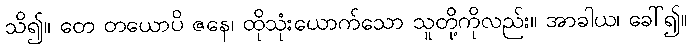
သိ၍။ တေ တယောပိ ဇနေ၊ ထိုသုံးယောက်သော သူတို့ကိုလည်း။ အာခါယ၊ ခေါ်၍။